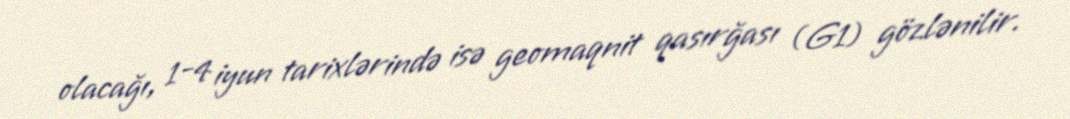
olacağı, 1-4 iyun tarixlərində isə geomaqnit qasırğası (G1) gözlənilir.